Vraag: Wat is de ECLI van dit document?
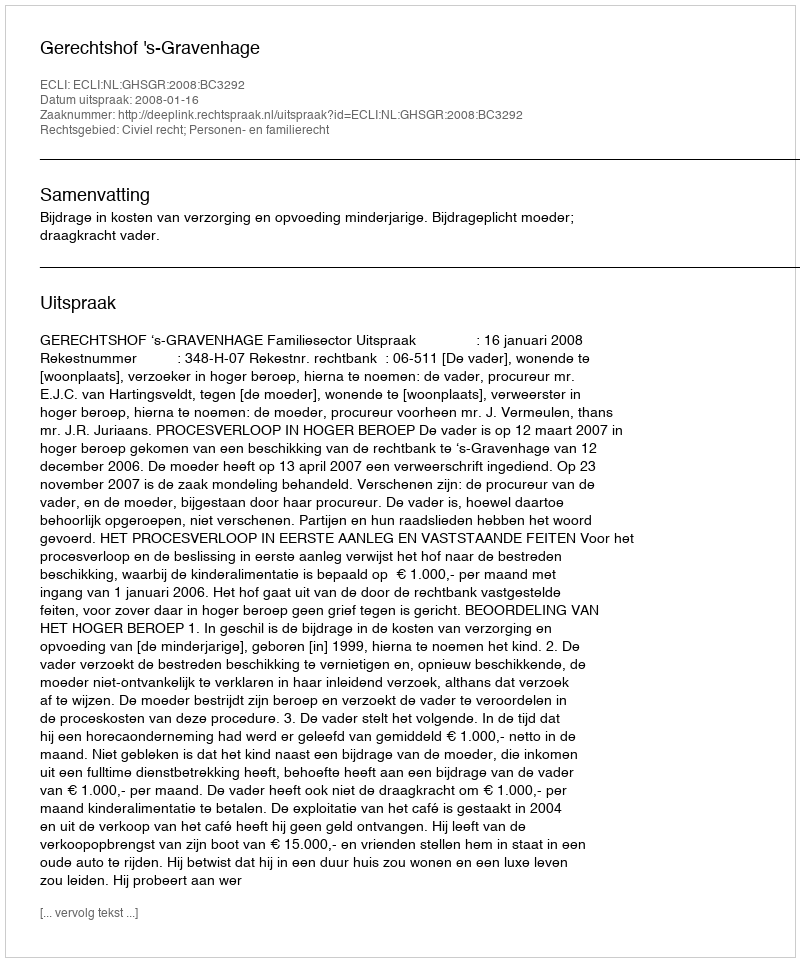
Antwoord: ECLI:NL:GHSGR:2008:BC3292